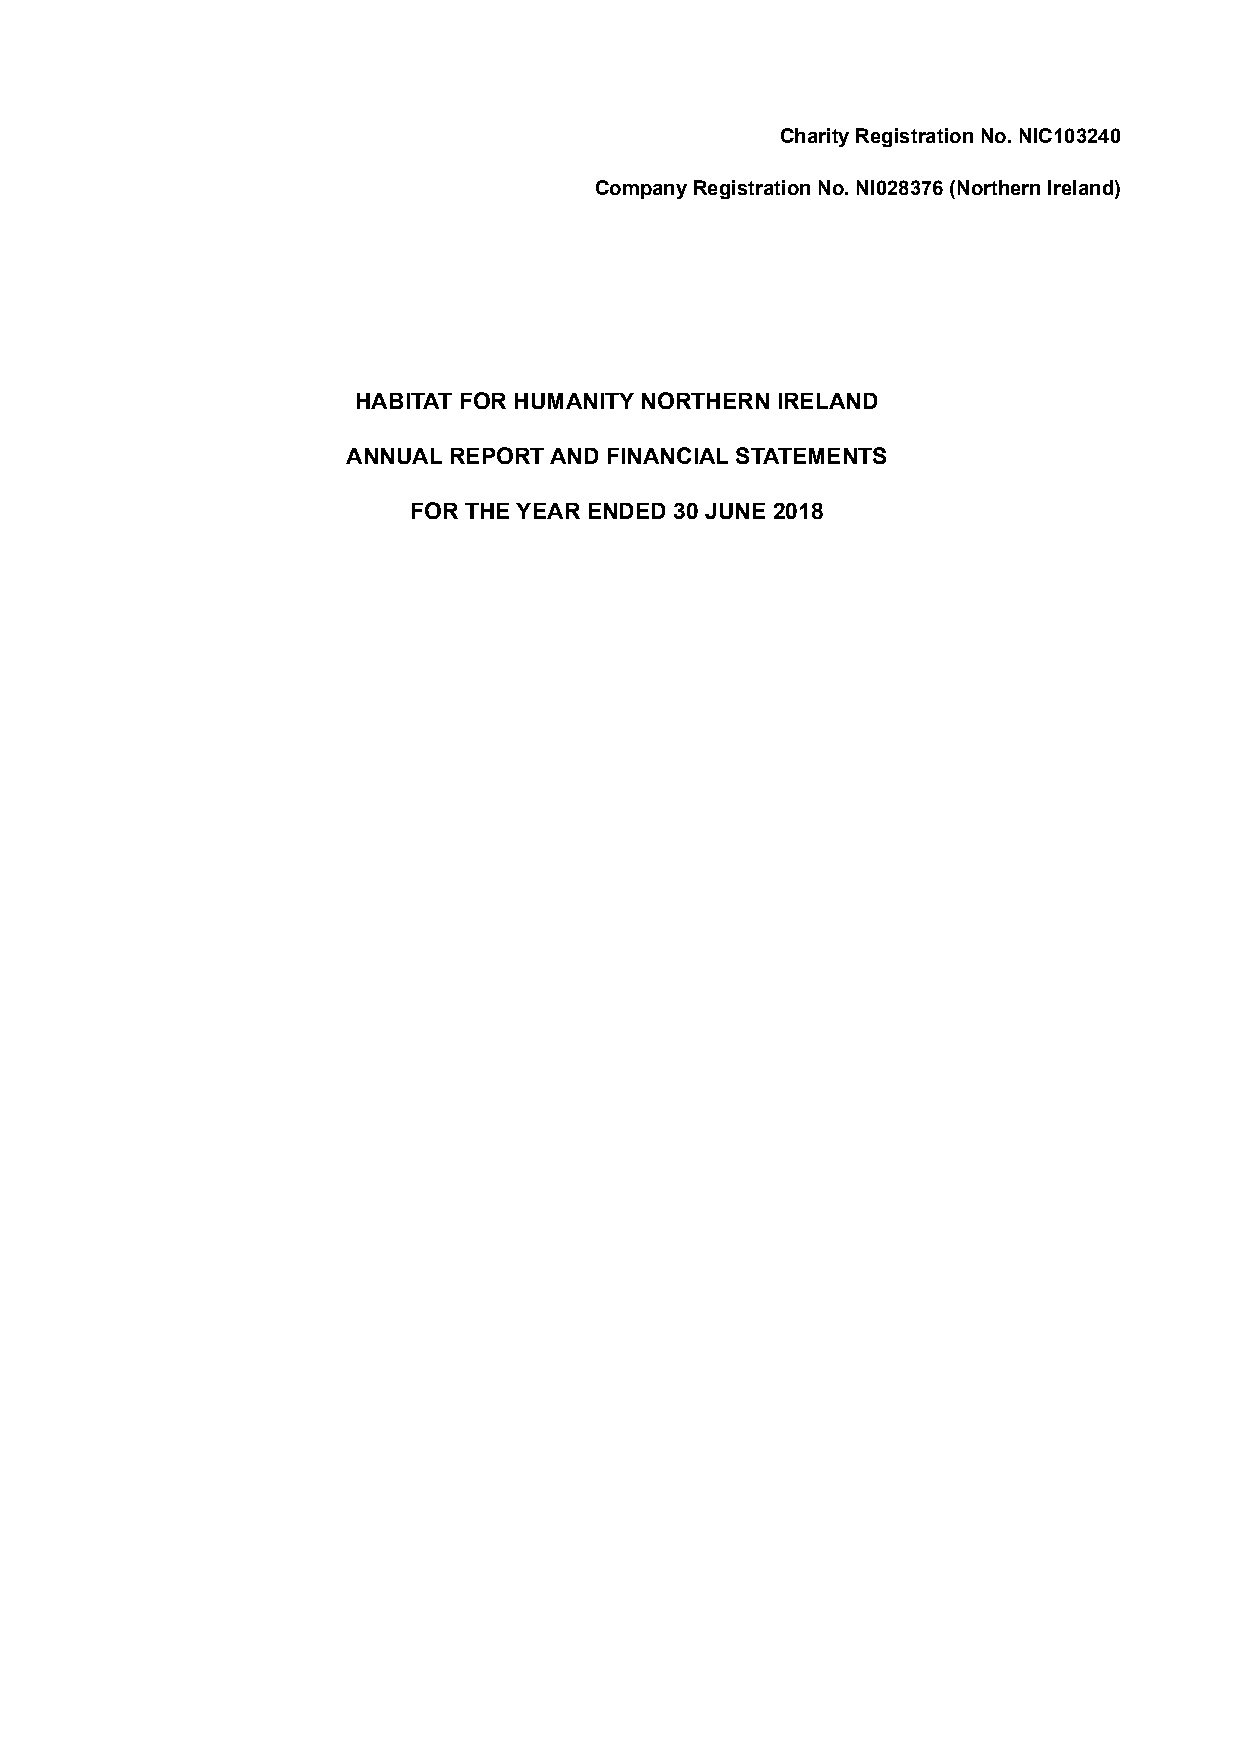
Charity Registration No. NIC103240
 Company Registration No. NI028376 (Northern Ireland)
 HABITAT FOR HUMANITY NORTHERN IRELAND
 ANNUAL REPORT AND FINANCIAL STATEMENTS
 FOR THE YEAR ENDED 30 JUNE 2018